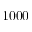
1 0 0 0